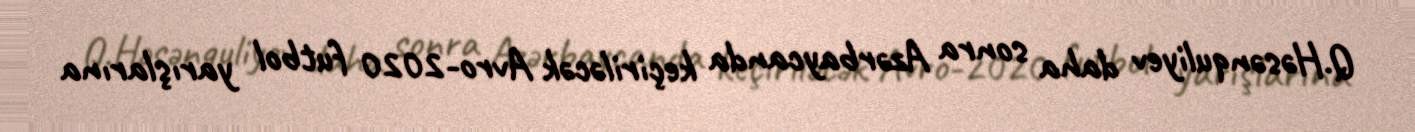
Q.Həsənquliyev daha sonra Azərbaycanda keçiriləcək Avro-2020 futbol yarışlarına